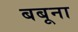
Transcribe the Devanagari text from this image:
बबूना